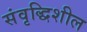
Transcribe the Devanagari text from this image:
संवृद्धिशील